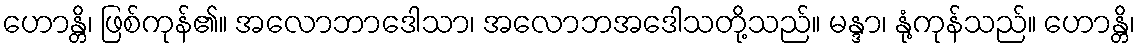
ဟောန္တိ၊ ဖြစ်ကုန်၏။ အလောဘာဒေါသာ၊ အလောဘအဒေါသတို့သည်။ မန္ဒာ၊ နုံ့ကုန်သည်။ ဟောန္တိ၊